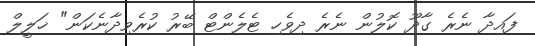
ފައިދާ ނެރެ ގާދޫ ކޮލުން ނެރެ ދިވެހި ޓެލެންޓް ބޭރު ކުރެވިދާނެކަން" ޚަލީލް